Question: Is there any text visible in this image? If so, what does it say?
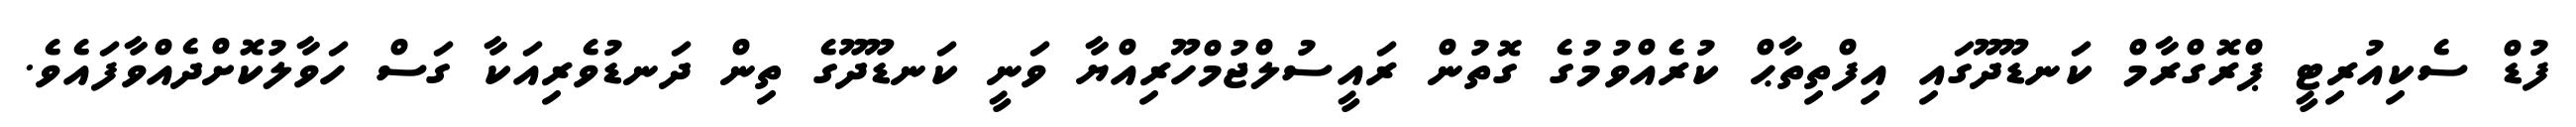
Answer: ފުޑް ސެކިއުރިޓީ ޕްރޮގްރާމް ކަނޑޫދޫގައި އިފްތިތާޙް ކުރެއްވުމުގެ ގޮތުން ރައީސުލްޖުމްހޫރިއްޔާ ވަނީ ކަނޑޫދޫގެ ތިން ދަނޑުވެރިއަކާ ގަސް ހަވާލުކޮށްދެއްވާފައެވެ.